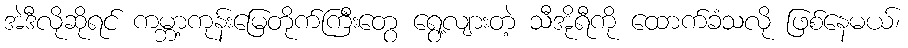
အဲဒီလိုဆိုရင် ကမ္ဘာ့ကုန်းမြေတိုက်ကြီးတွေ ရွေ့လျားတဲ့ သီအိုရီကို ထောက်ခံသလို ဖြစ်နေမယ်၊